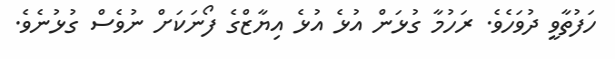
ހަފުތާވީ ދުވަހެވެ. ރަހުމާ ގުޅަން އުޅެ އުޅެ އިޔާޒްގެ ފޯނަކަށް ނުވެސް ގުޅުނެވެ.